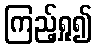
ကြည့်ရှု၍